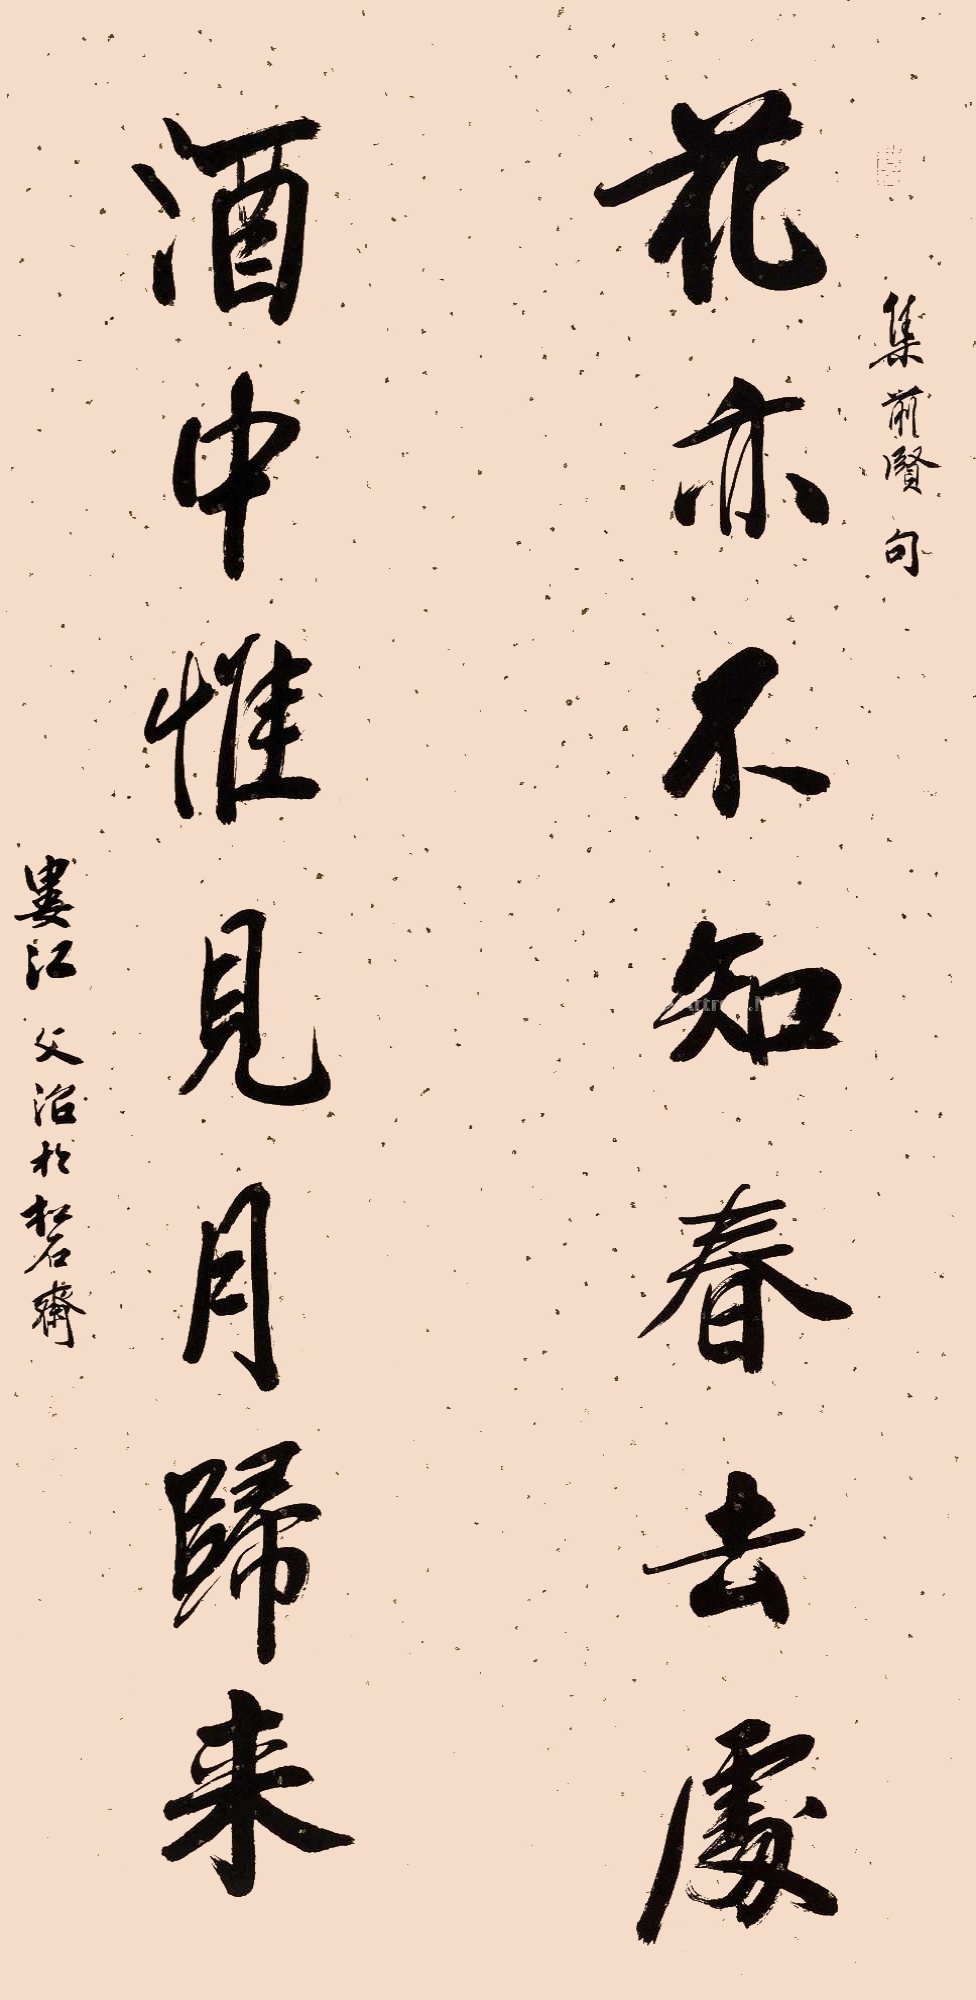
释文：花亦不知春去处，酒中惟见月归来。集前贤句。娄江文治于松石斋。